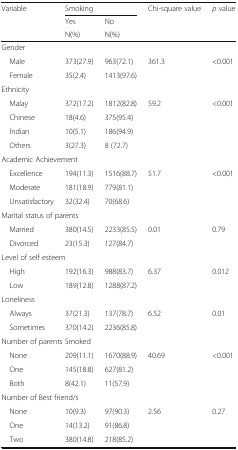
<table><thead><tr><td><b>Variable</b></td><td colspan="2"><b>Smoking</b></td><td><b>Chi-square value</b></td><td><b><i>p</i> value</b></td></tr><tr><td></td><td><b>Yes</b></td><td><b>No</b></td><td></td><td></td></tr><tr><td></td><td><b>N(%)</b></td><td><b>N(%)</b></td><td></td><td></td></tr></thead><tbody><tr><td colspan="5">Gender</td></tr><tr><td> Male</td><td>373(27.9)</td><td>963(72.1)</td><td>361.3</td><td rowspan="2">&lt;0.001</td></tr><tr><td> Female</td><td>35(2.4)</td><td>1413(97.6)</td><td></td></tr><tr><td colspan="5">Ethnicity</td></tr><tr><td> Malay</td><td>372(17.2)</td><td>1812(82.8)</td><td>59.2</td><td rowspan="4">&lt;0.001</td></tr><tr><td> Chinese</td><td>18(4.6)</td><td>375(95.4)</td><td></td></tr><tr><td> Indian</td><td>10(5.1)</td><td>186(94.9)</td><td></td></tr><tr><td> Others</td><td>3(27.3)</td><td>8 (72.7)</td><td></td></tr><tr><td colspan="5">Academic Achievement</td></tr><tr><td> Excellence</td><td>194(11.3)</td><td>1516(88.7)</td><td>51.7</td><td rowspan="3">&lt;0.001</td></tr><tr><td> Moderate</td><td>181(18.9)</td><td>779(81.1)</td><td></td></tr><tr><td> Unsatisfactory</td><td>32(32.4)</td><td>70(68.6)</td><td></td></tr><tr><td colspan="5">Marital status of parents</td></tr><tr><td> Married</td><td>380(14.5)</td><td>2233(85.5)</td><td>0.01</td><td rowspan="2">0.79</td></tr><tr><td> Divorced</td><td>23(15.3)</td><td>127(84.7)</td><td></td></tr><tr><td colspan="5">Level of self esteem</td></tr><tr><td> High</td><td>192(16.3)</td><td>988(83.7)</td><td>6.37</td><td rowspan="2">0.012</td></tr><tr><td> Low</td><td>189(12.8)</td><td>1288(87.2)</td><td></td></tr><tr><td colspan="5">Loneliness</td></tr><tr><td> Always</td><td>37(21.3)</td><td>137(78.7)</td><td>6.52</td><td rowspan="2">0.01</td></tr><tr><td> Sometimes</td><td>370(14.2)</td><td>2236(85.8)</td><td></td></tr><tr><td colspan="5">Number of parents Smoked</td></tr><tr><td> None</td><td>209(11.1)</td><td>1670(88.9)</td><td>40.69</td><td rowspan="3">&lt;0.001</td></tr><tr><td> One</td><td>145(18.8)</td><td>627(81.2)</td><td></td></tr><tr><td> Both</td><td>8(42.1)</td><td>11(57.9)</td><td></td></tr><tr><td colspan="5">Number of Best friend/s</td></tr><tr><td> None</td><td>10(9.3)</td><td>97(90.3)</td><td>2.56</td><td rowspan="3">0.27</td></tr><tr><td> One</td><td>14(13.2)</td><td>91(86.8)</td><td></td></tr><tr><td> Two</td><td>380(14.8)</td><td>218(85.2)</td><td></td></tr></tbody></table>